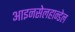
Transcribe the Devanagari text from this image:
आइनसेलहान्डेल